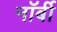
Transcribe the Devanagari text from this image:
नॉर्बी